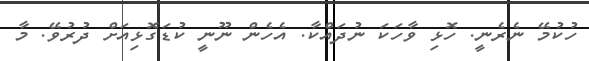
ހުކުމޭ ނެރެނީ. ހޮޅި ވާހަކަ ނުދައްކާ. އެހެން ނޫނީ ކުޑަގޮޅިއަށް ދުރުވޭ. މާ